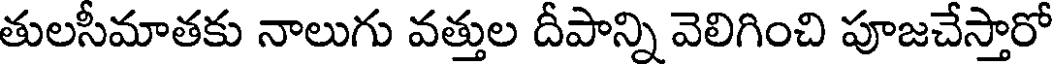
తులసీమాతకు నాలుగు వత్తుల దీపాన్ని వెలిగించి పూజచేస్తారో